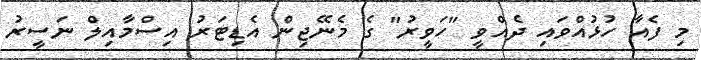
މި ފެއާ ހުޅުއްވައި ދެއްވީ "ހަވީރު" ގެ މެނޭޖިން އެޑިޓަރު އިސްމާއިލް ނަސީރު